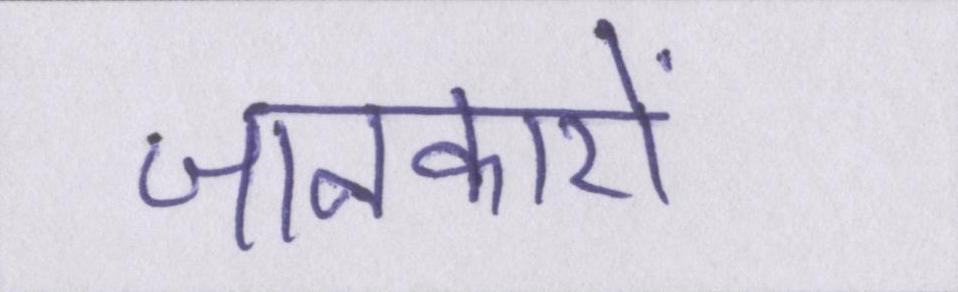
जानकारों